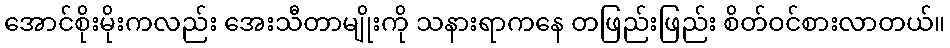
အောင်စိုးမိုးကလည်း အေးသီတာမျိုးကို သနားရာကနေ တဖြည်းဖြည်း စိတ်ဝင်စားလာတယ်။